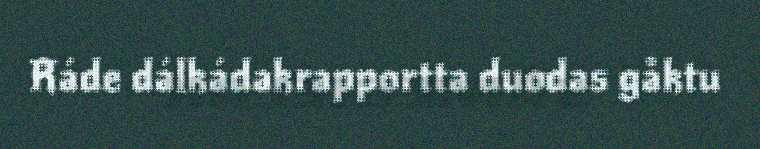
Ráde dálkádakrapportta duodas gåktu